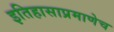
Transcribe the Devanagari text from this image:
इतिहासाप्रमाणेच